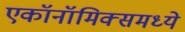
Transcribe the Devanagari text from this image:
एकॉनॉमिक्समध्ये